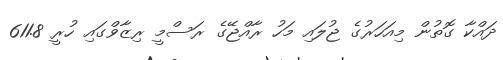
ދައްކާ ގޮތުން މިއަހަރުގެ ޖުލައި މަހު ރާއްޖޭގެ ރަސްމީ ރިޒާވްގައި ހުރީ 611.8